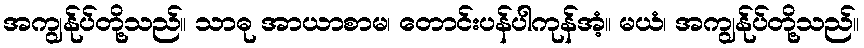
အကျွန်ုပ်တို့သည်။ သာဓု အာယာစာမ၊ တောင်းပန်ပါကုန်အံ့။ မယံ၊ အကျွန်ုပ်တို့သည်။